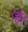
હૂદ